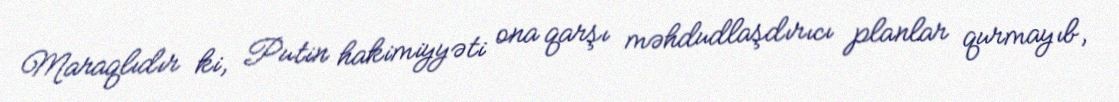
Maraqlıdır ki, Putin hakimiyyəti ona qarşı məhdudlaşdırıcı planlar qurmayıb,